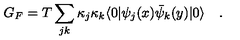
G _ { F } = T \sum _ { j k } \kappa _ { j } \kappa _ { k } \langle 0 | \psi _ { j } ( x ) \bar { \psi } _ { k } ( y ) | 0 \rangle \quad .